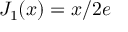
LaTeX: J _ { 1 } ( x ) = { x } / { 2 e }